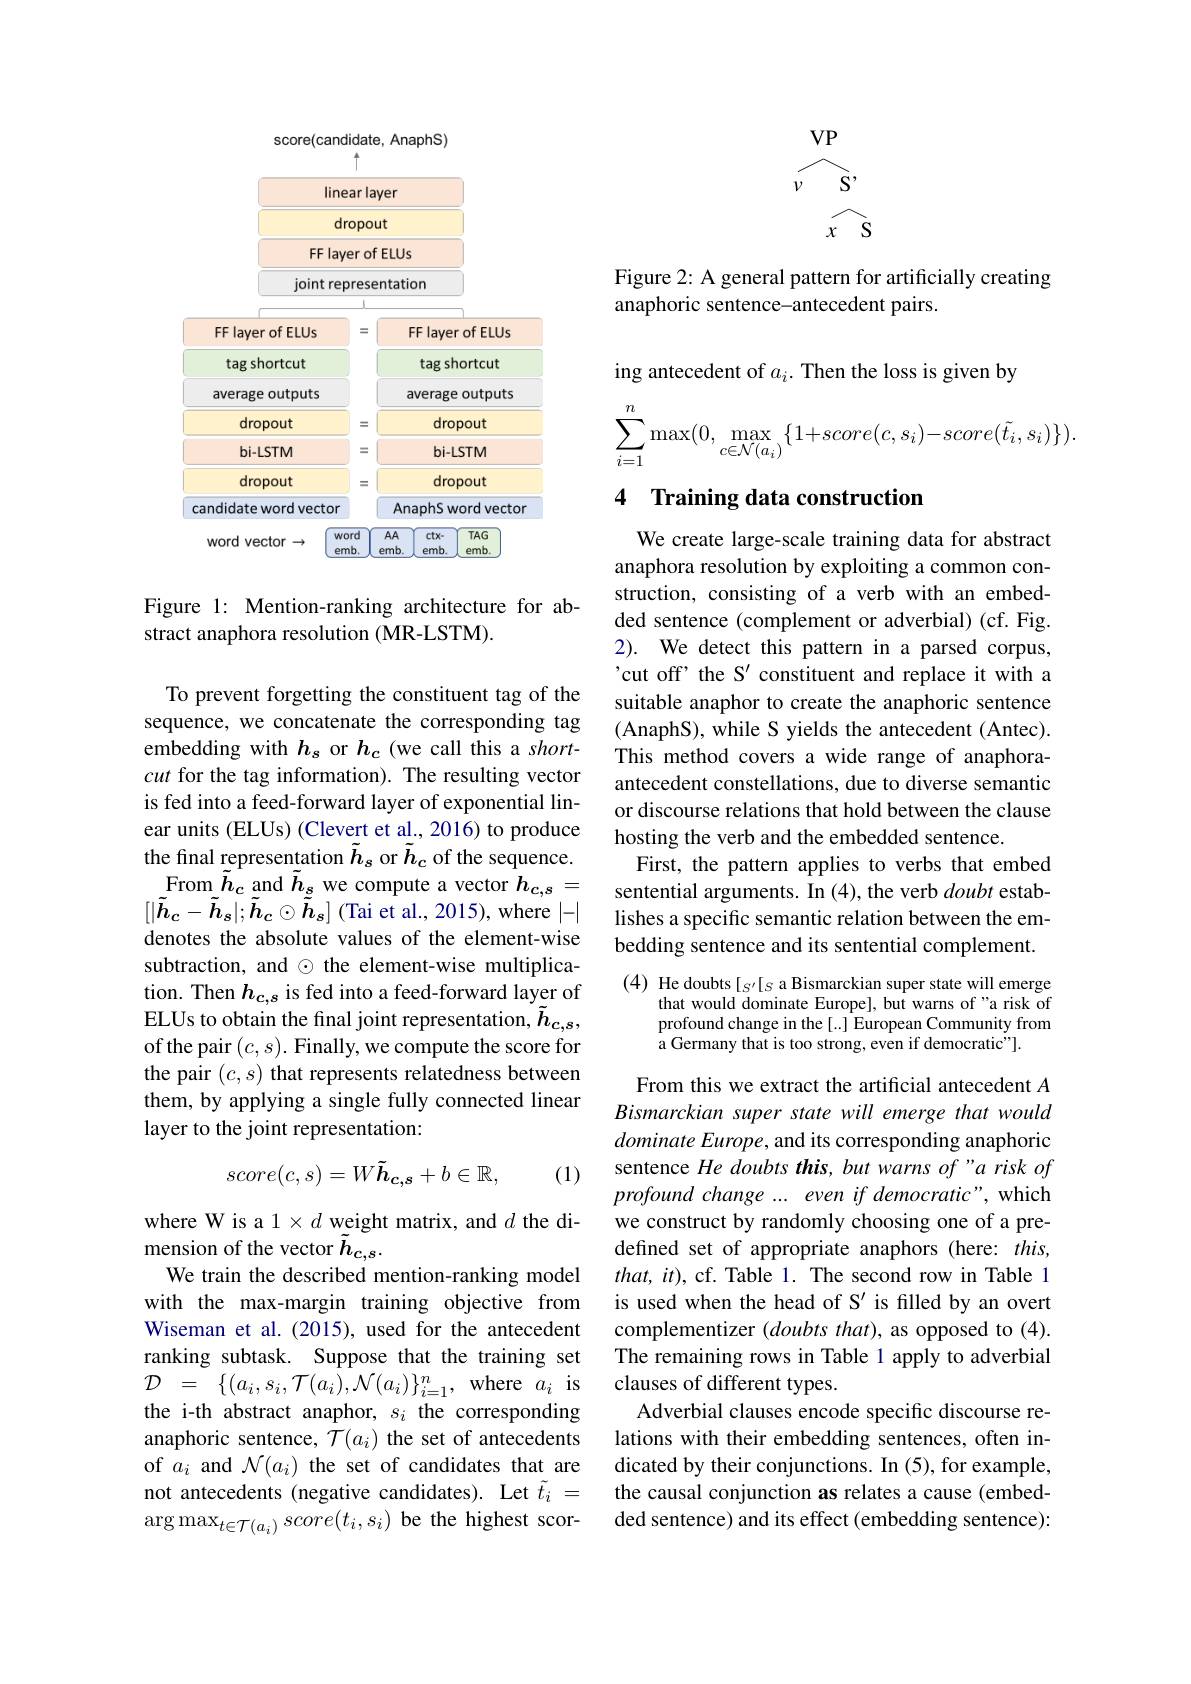
<FigureHere>

Figure 1: Mention-ranking architecture for ab-
stract anaphora resolution (MR-LSTM).

To prevent forgetting the constituent tag of the sequence, we concatenate the corresponding tag embedding with $h_s$ or $h_c$ (we call this a shortcut for the tag information). The resulting vector is fed into a feed-forward layer of exponential linear units (ELUs) (Clevert et al., 2016) to produce the final representation $\tilde{h}_s$ or $\tilde{h}_c$ of the sequence. From$\tilde{h} _{c}$ and $\tilde{h}_{s}$ we compute a vector $h_{c,s}=$ $[|\tilde{h}_{c}-\tilde{h}_{s}|;\tilde{h}_{c}\odot\tilde{h}_{s}]$ (Tai et al., 2015), where |-| denotes the absolute values of the element-wise subtraction, and $\odot$ the element-wise multiplication. Then $h_{c,s}$ is fed into a feed-forward layer of ELUs to obtain the final joint representation, $\tilde{h}_{c,s}$, of the pair $(c,s).$ Finally, we compute the score for the pair $(c,s)$ that represents relatedness between them, by applying a single fully connected linear layer to the joint representation:
$$score(c,s)=W\tilde{h}_{c,s}+b\in\mathbb{R},$$
(1)

where W is a $1\times d$ weight matrix, and $d$ the di-
mension of the vector $\tilde{h}_{c,s}.$
We train the described mention-ranking model with the max-margin training objective from Wiseman et al.(2015), used for the antecedent ranking subtask. Suppose that the training set ${\mathcal{D} }$ = $\{ ( a_{i}, s_{i}, {\mathcal{T} }( a_{i}) , {\mathcal{N} }( a_{i}) \} _{i= 1}^{n}$,where$a_{i}$is the i-th abstract anaphor, $s_i$ the corresponding anaphoric sentence, $\mathcal{T}(a_i)$ the set of antecedents of $a_i$ and $\mathcal{N}(a_i)$ the set of candidates that are not antecedents (negative candidates). Let $\tilde{t}_i=$ $\arg\max_{t\in\mathcal{T}(a_i)}score(t_i,s_i)$ be the highest scor-
$$\begin{array}{cc}\mathrm{VP}\\\nu&\mathrm{S'}\\&x&\mathrm{S}\end{array}$$
Figure 2: A general pattern for artificially creating
anaphoric sentence-antecedent pairs.

ing antecedent of $a_i.$ Then the loss is given by
$$\sum\limits_{i=1}^n\max(0,\max\limits_{c\in\mathcal{N}(a_i)}\{1+score(c,s_i)-score(\tilde{t_i},s_i)\}).$$
## 4 Training data construction

We create large-scale training data for abstract anaphora resolution by exploiting a common construction, consisting of a verb with an embedded sentence (complement or adverbial) (cf. Fig. 2). We detect this pattern in a parsed corpus, 'cut off' the S' constituent and replace it with a suitable anaphor to create the anaphoric sentence (AnaphS), while S yields the antecedent (Antec). This method covers a wide range of anaphoraantecedent constellations, due to diverse semantic or discourse relations that hold between the clause hosting the verb and the embedded sentence.
First, the pattern applies to verbs that embed sentential arguments. In (4), the verb doubt establishes a specific semantic relation between the embedding sentence and its sentential complement.

(4) He doubts [$_S^{\prime}[S$ a Bismarckian super state will emerge
that would dominate Europe], but warns of "a risk of profound change in the [..] European Community from a Germany that is too strong, even if democratic"].

From this we extract the artificial antecedent $A$ Bismarckian super state will emerge that would dominate Europe, and its corresponding anaphoric sentence He doubts this, but warns of "a risk of $profoundchange...evenifdemocratic"$,which we construct by randomly choosing one of a predefined set of appropriate anaphors (here: this, $that,it)$, cf. Table 1. The second row in Table 1 is used when the head of S' is filled by an overt complementizer (doubts that), as opposed to (4). The remaining rows in Table 1 apply to adverbial clauses of different types.
Adverbial clauses encode specific discourse relations with their embedding sentences, often indicated by their conjunctions. In (5), for example, the causal conjunction as relates a cause (embedded sentence) and its effect (embedding sentence):